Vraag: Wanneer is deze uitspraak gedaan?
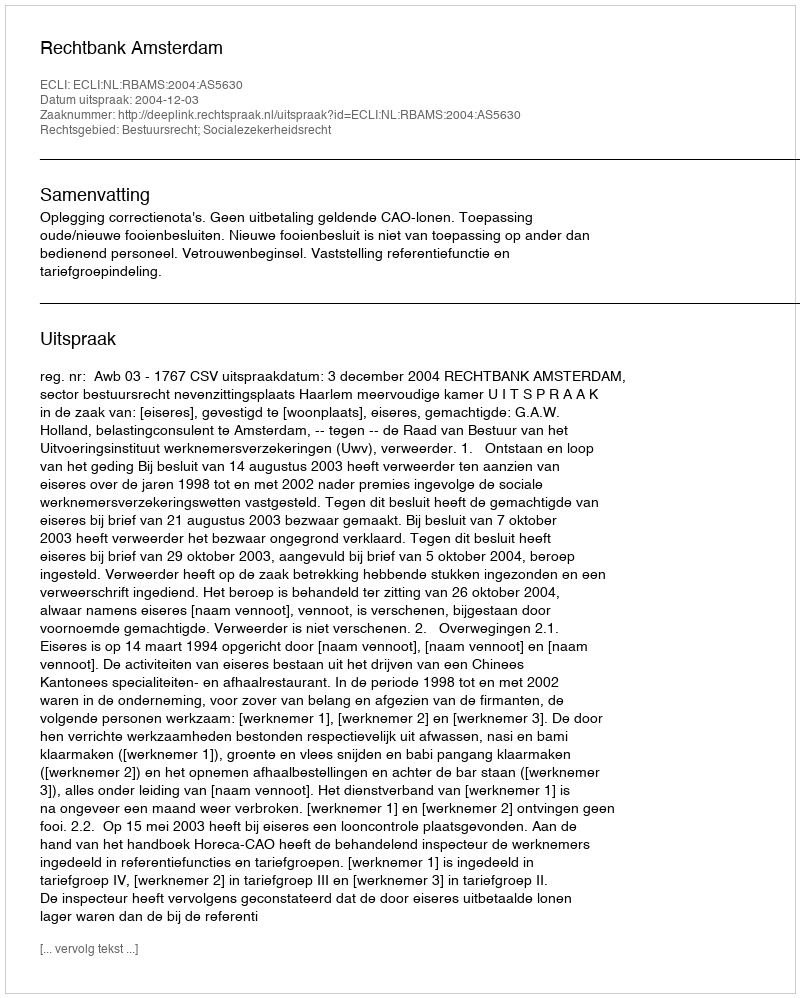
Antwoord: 2004-12-03